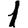
Digit: 1